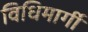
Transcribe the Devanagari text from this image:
विधिमार्गी